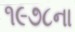
૧૯૭૮ના